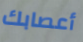
أعصابك